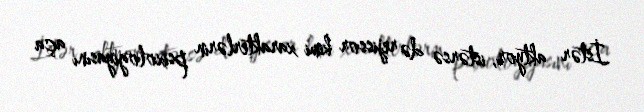
İstər aktyor, istərsə də rejissor kimi xarakterlərin psixologiyasını aça